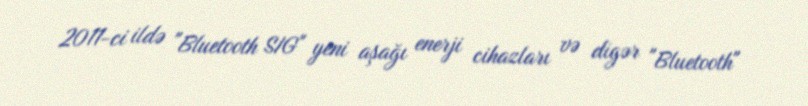
2011-ci ildə "Bluetooth SIG" yeni aşağı enerji cihazları və digər "Bluetooth"